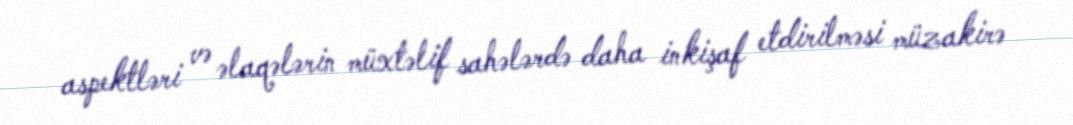
aspektləri və əlaqələrin müxtəlif sahələrdə daha inkişaf etdirilməsi müzakirə